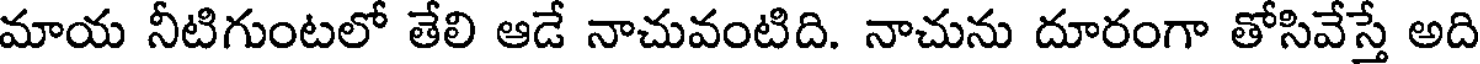
మాయ నీటిగుంటలో తేలి ఆడే నాచువంటిది. నాచును దూరంగా తోసివేస్తే అది